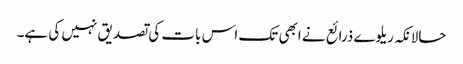
حالانکہ ریلوے ذرائع نے ابھی تک اس بات کی تصدیق نہیں کی ہے۔